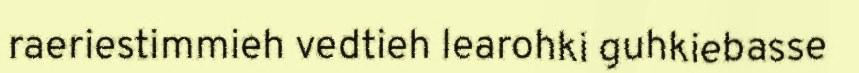
raeriestimmieh vedtieh learohki guhkiebasse